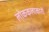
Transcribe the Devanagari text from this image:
लोककलाकारों